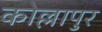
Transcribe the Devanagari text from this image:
कोल्लापुर